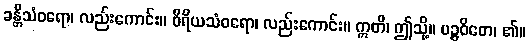
ခန္တိသံဝရော၊ လည်းကောင်း။ ဝီရိယသံဝရော၊ လည်းကောင်း။ ဣတိ၊ ဤသို့။ ပဉ္စဝိဓော၊ ၏။